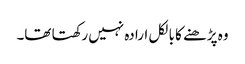
وہ پڑھنے کا بالکل ارادہ نہیں رکھتا تھا۔